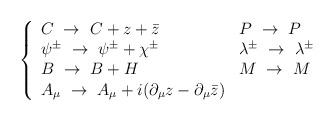
LaTeX: \begin{align*}\left\{\begin{array}{ll}C\ \to\ C+z+\bar{z} & P\ \to\ P\\\psi^\pm\ \to\ \psi^\pm + \chi^\pm & \lambda^\pm\ \to\ \lambda^\pm\\B\ \to\ B+H & M\ \to\ M\\A_\mu\ \to\ A_\mu+i(\partial_\mu z-\partial_\mu\bar z)&\end{array}\right.\end{align*}